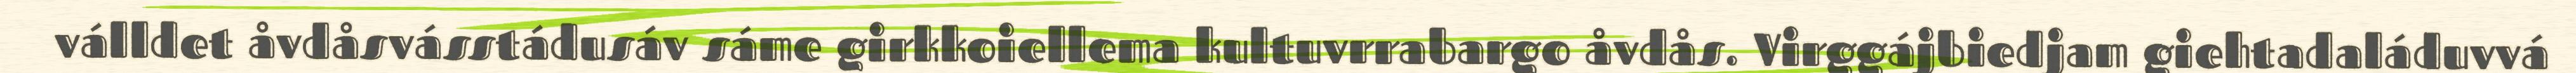
válldet åvdåsvásstádusáv sáme girkkoiellema kultuvrrabargo åvdås. Virggájbiedjam giehtadaláduvvá